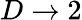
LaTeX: D\rightarrow 2